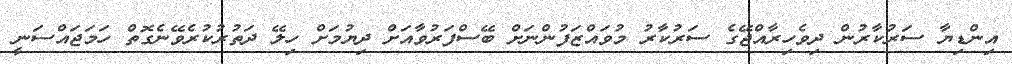
އިންޑިޔާ ސަރުކާރުން ދިވެހިރާއްޖޭގެ ސަރުކާރު މުވައްޒަފުންނަށް ބޭސްފަރުވާއަށް ދިޔުމަށް ހިލޭ ދަތުރުކުރެވޭނެގޮތް ހަމަޖައްސަނީ